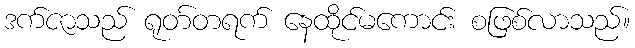
ဒက်ဇာသည် ရုတ်တရက် နေထိုင်မကောင်း စဖြစ်လာသည်။